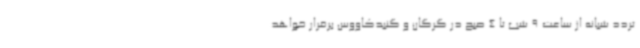
تردد شبانه از ساعت 9 شب تا 4 صبح در گرگان و گنبدکاووس برقرار خواهد